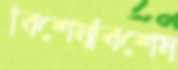
বিশেষবিশেষ